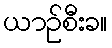
ယာဉ်စီးခ။